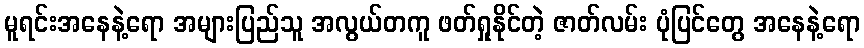
မူရင်းအနေနဲ့ရော အများပြည်သူ အလွယ်တကူ ဖတ်ရှုနိုင်တဲ့ ဇာတ်လမ်း ပုံပြင်တွေ အနေနဲ့ရော